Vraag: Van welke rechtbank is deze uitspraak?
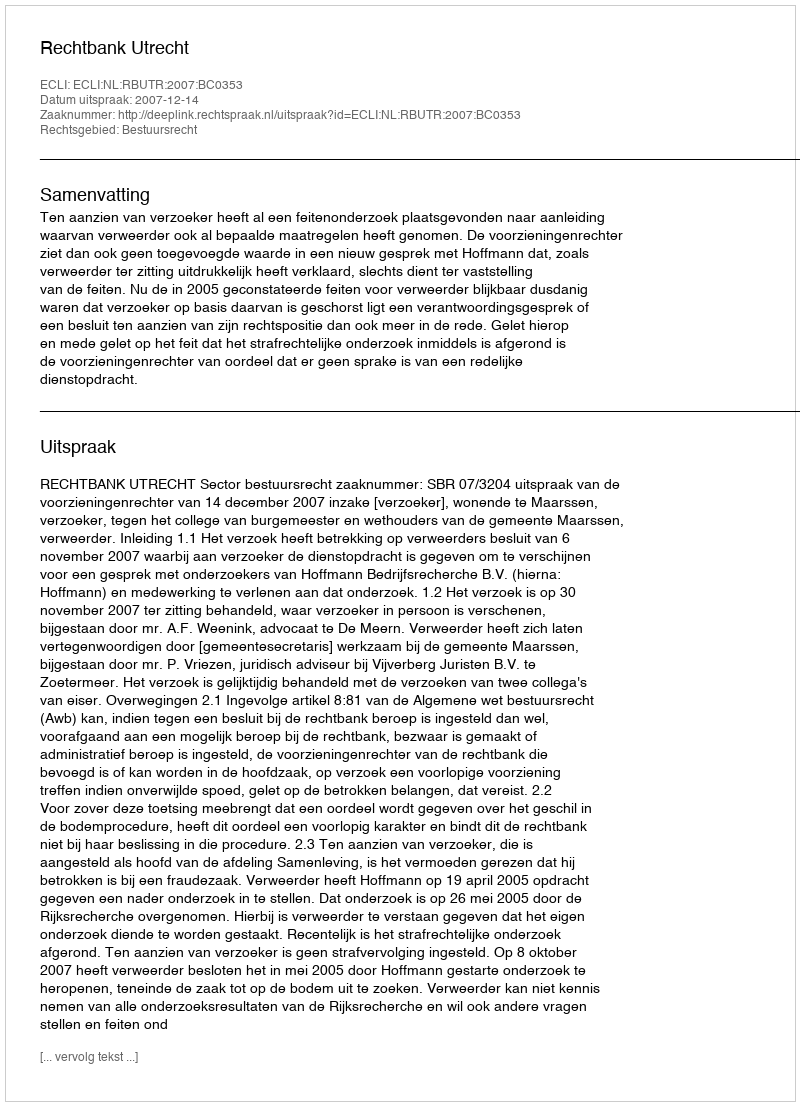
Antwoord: Rechtbank Utrecht